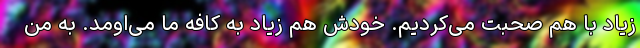
زیاد با هم صحبت می‌کردیم. خودش هم زیاد به کافه‌ ما می‌اومد. به من